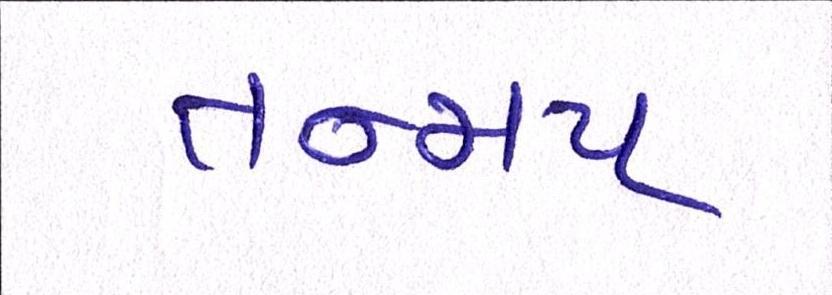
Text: તન્મય